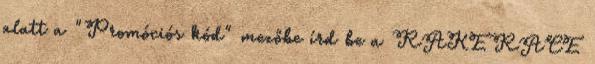
alatt a "Promóciós kód" mezőbe írd be a RAKERACE